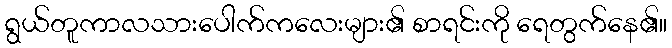
ရွယ်တူကာလသားပေါက်ကလေးများ၏ စာရင်းကို ရေတွက်နေ၏။